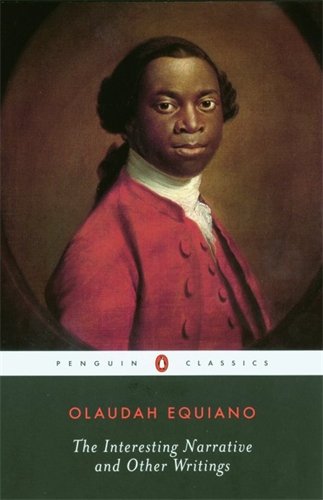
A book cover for The Interesting Narrative and Other Writings: Revised Edition (Penguin Classics); Olaudah Equiano; Literature & Fiction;